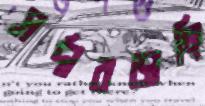
সর্দারডাঙ্গি